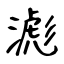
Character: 滮